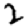
Digit: 2